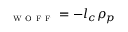
\l _ { \textsc { w o f f } } = - l _ { c } \rho _ { p }